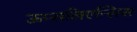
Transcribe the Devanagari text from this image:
ऊप्सलिएन्सिस